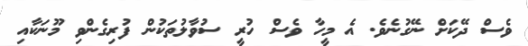
ވެސް ދޭކަށް ނޭގުނެވެ. އެ މީހާ ވެސް ހުރީ ސުވާލުތަކުން ފުރިގެންވި މޫނަކާއި